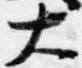
大